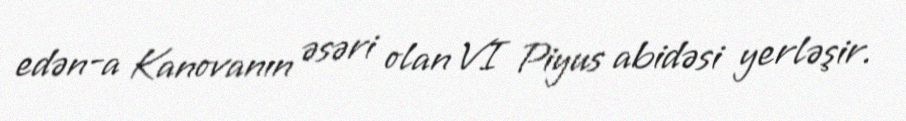
edən-a Kanovanın əsəri olan VI Piyus abidəsi yerləşir.